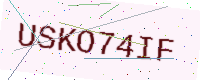
Text: USKO74IF